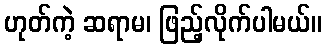
ဟုတ်ကဲ့ ဆရာမ၊ ဖြည့်လိုက်ပါမယ်။